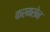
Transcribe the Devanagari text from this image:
करमसेन